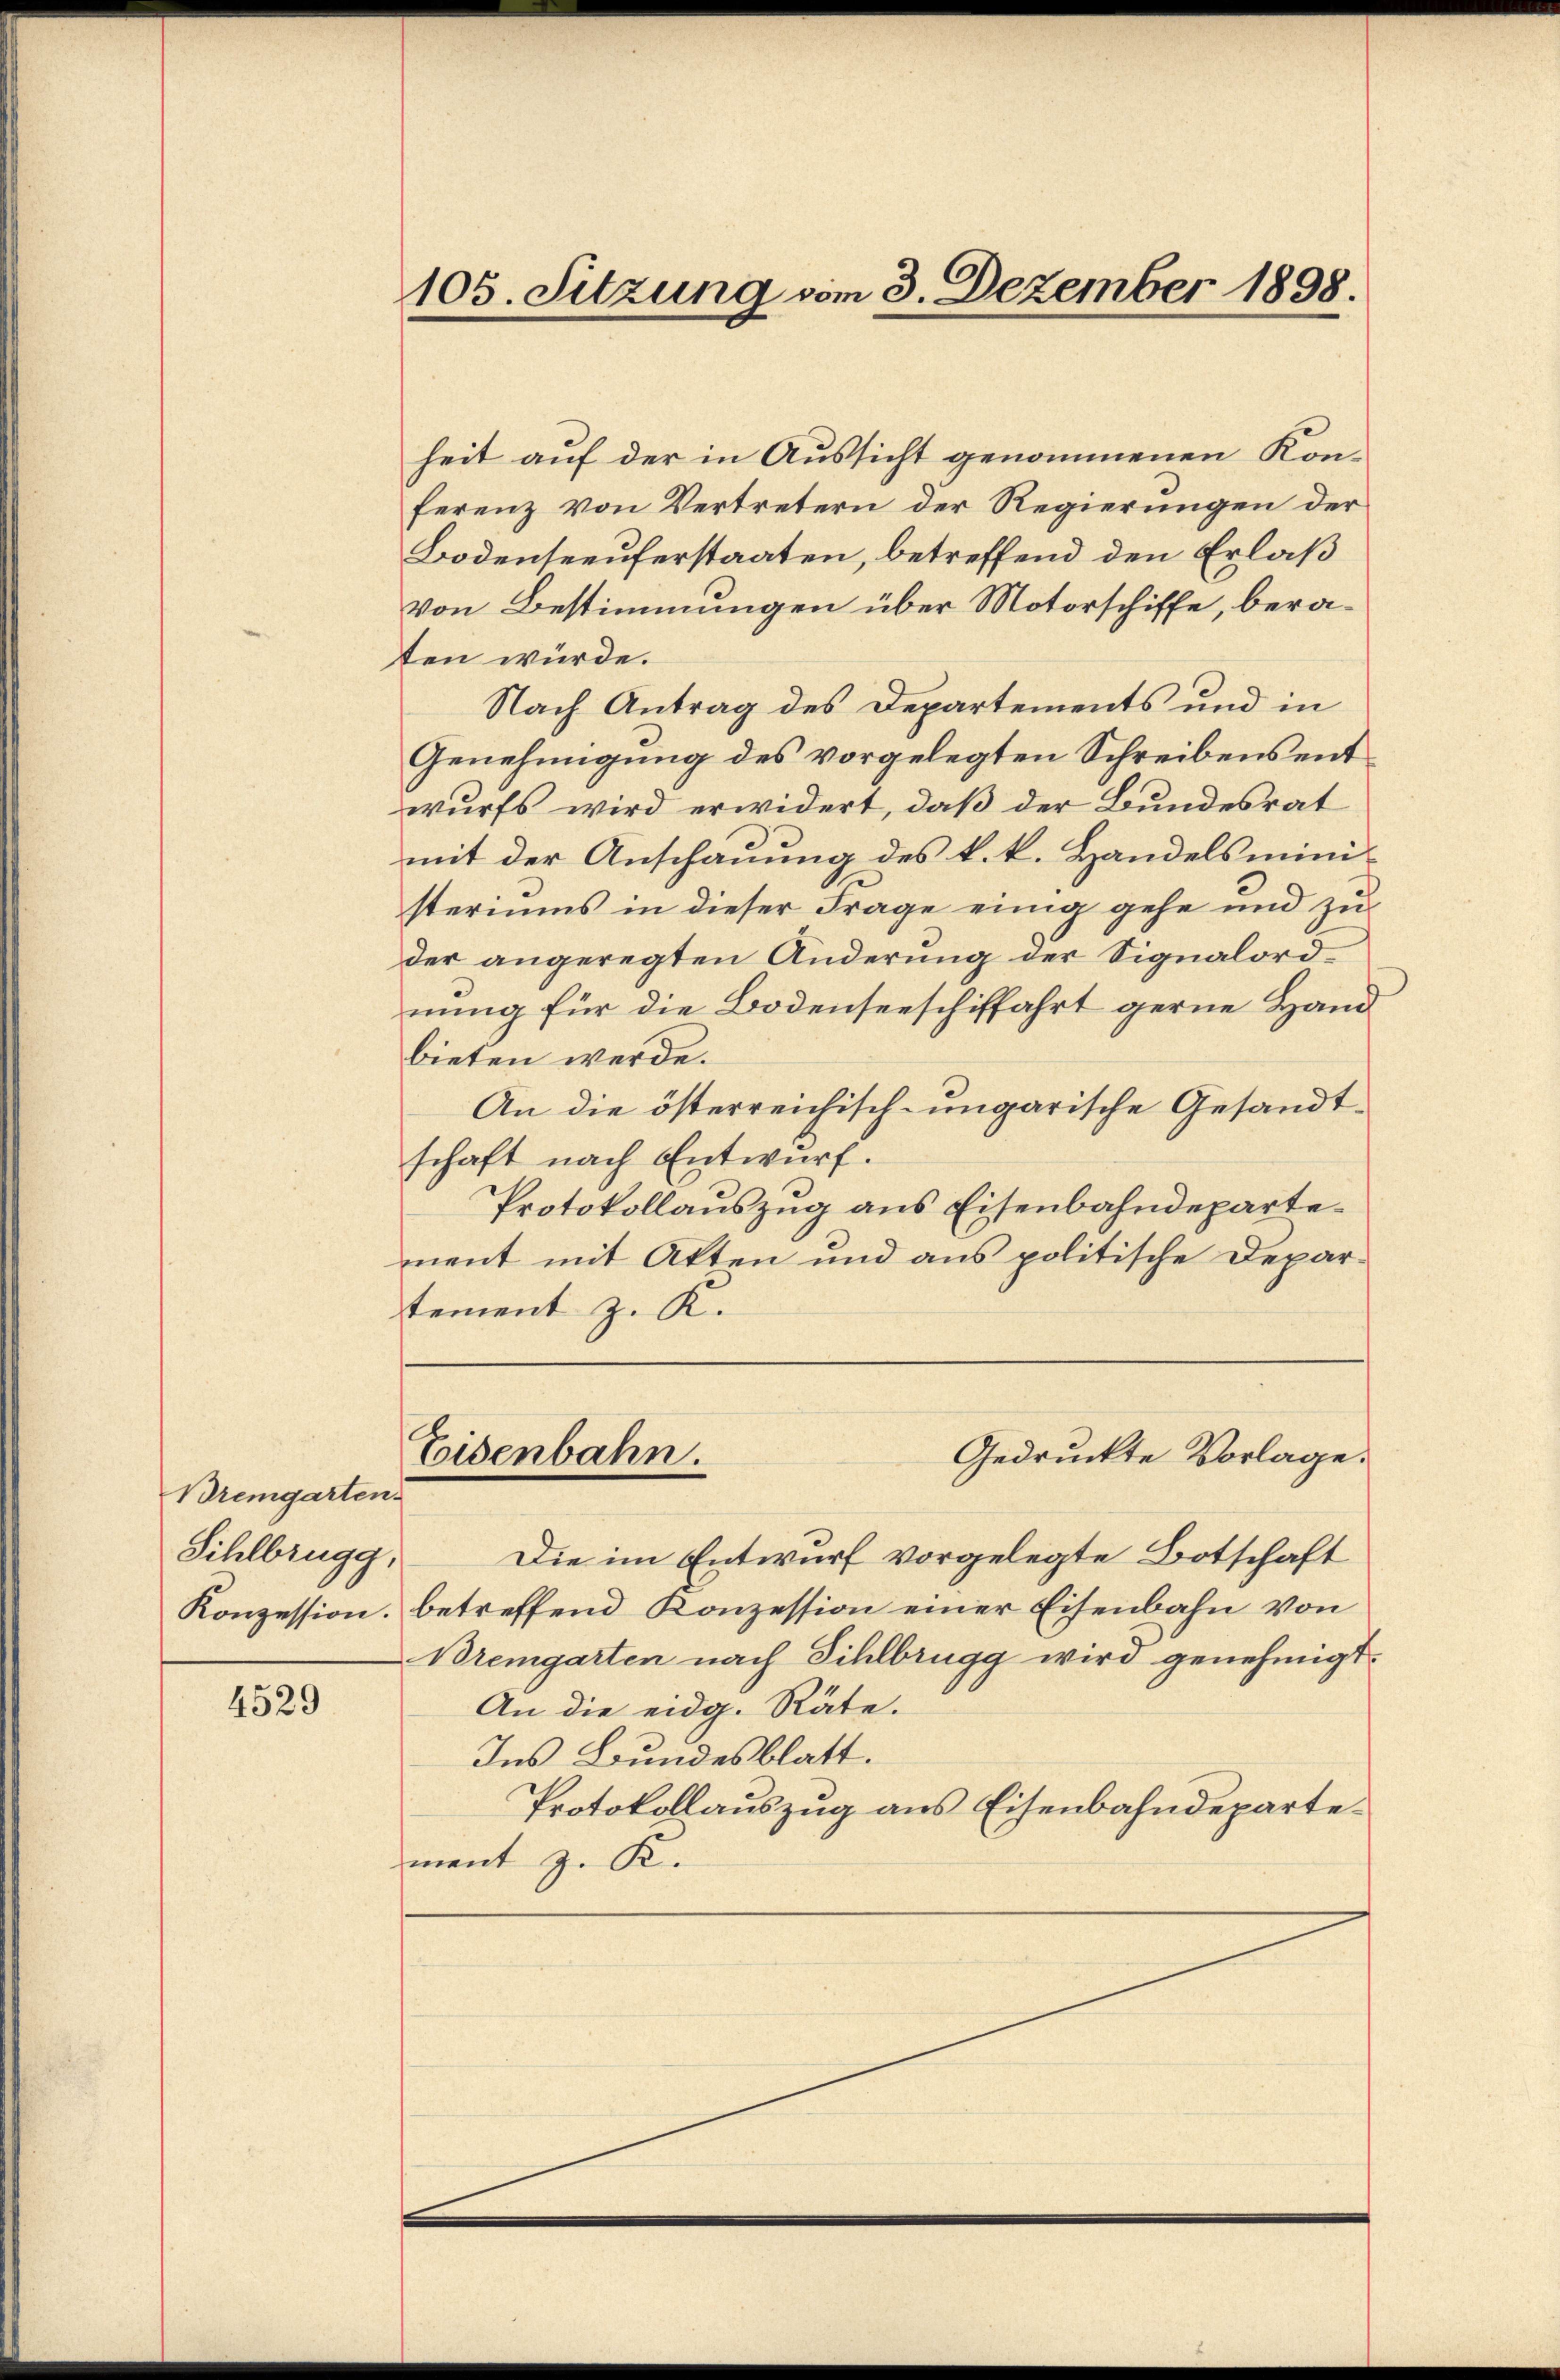
Bremgarten.
Sihlbrugg,

4529

105. Sitzung vom 3. Dezember 1898.

heit auf der in Aussicht genommenen Konferenz von Vertretern der Regierungen der
Bodenseeuferstaaten, betreffend den Erlaß
von Bestimmungen über Motorschiffe, beraten würde.
Nach Antrag des Departements und in
Genehmigung des vorgelegten Schreibens entwurfs wird erwidert, daß der Bundesrat
mit der Anschauung des k. k. Handelsministeriums in dieser Frage einig gehe und zu
der angeregten Änderung der Signalordnung für die Bodenseeschiffahrt gerne Hand
bieten werde.
An die österreichisch-ungarische Gesandtschaft nach Entwurf.
Protokollauszug aus Eisenbahndepartement mit Atten und aus politische Departement z. K.
Eisenbahn.
Gedruckte Vorlage.
Die im Entwurf vorgelegte Botschaft
Konzession. betreffend Konzession einer Eisenbahn von
Bremgarten nach Sihlbrugg wird genehmigt.
An die eidg. Räte.
Ins Bundesblatt.
Protokollauszug aus Eisenbahndepartement z. K.